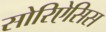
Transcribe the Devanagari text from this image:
सोरिऐसिस